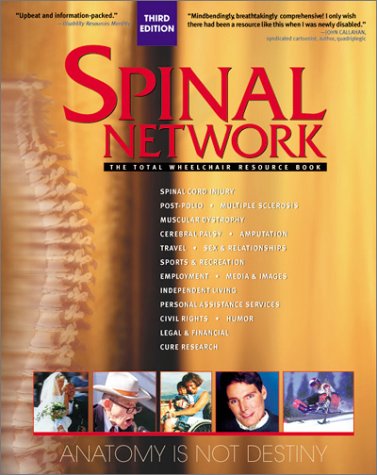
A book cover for Spinal Network: The Total Wheelchair Resource Book; Health, Fitness & Dieting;